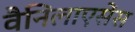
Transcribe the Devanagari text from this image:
वैनिलाएसेंस